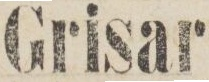
Grisar